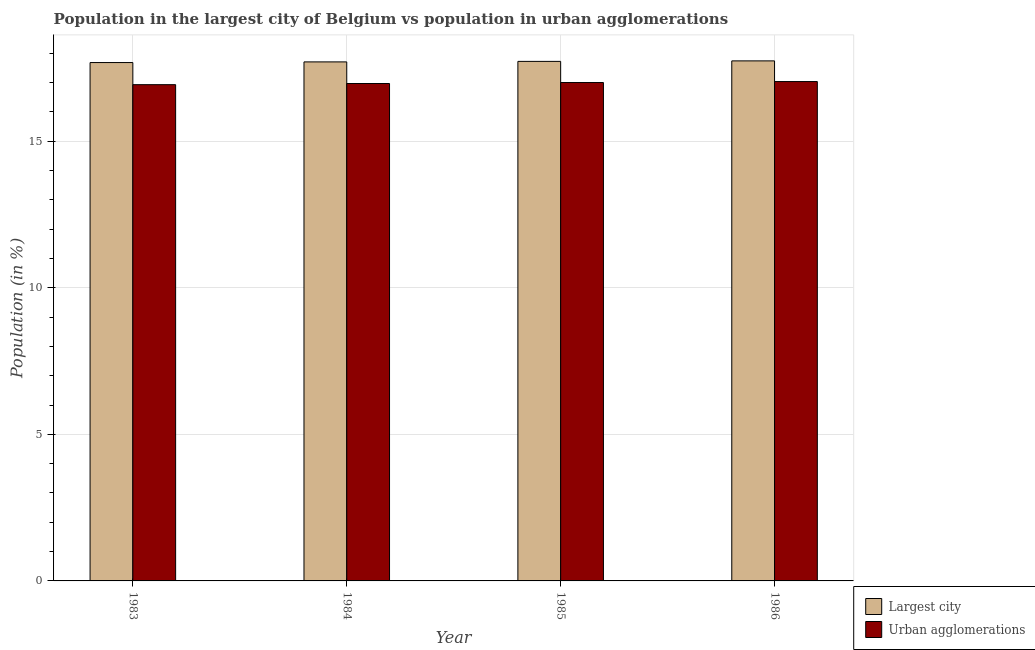
| Year | Largest city | Urban agglomerations |
 | --- | --- | --- |
 | 1983 | 17.7 | 16.9 |
 | 1984 | 17.7 | 17 |
 | 1985 | 17.7 | 17 |
 | 1986 | 17.7 | 17 |